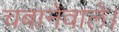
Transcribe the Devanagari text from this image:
चबानेवाले।